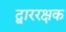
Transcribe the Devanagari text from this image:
द्बाररक्षक